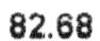
82.68